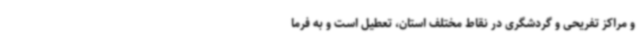
و مراکز تفریحی و گردشگری در نقاط مختلف استان، تعطیل است و به فرما